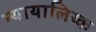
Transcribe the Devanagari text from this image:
न्यायालिय्क